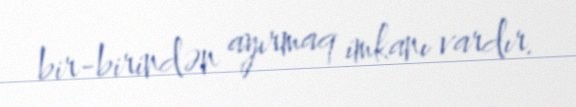
bir-birindən ayırmaq imkanı vardır.